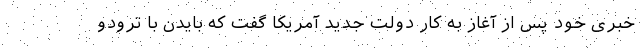
خبری خود پس از آغاز به کار دولت جدید آمریکا گفت که بایدن با ترودو